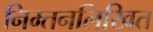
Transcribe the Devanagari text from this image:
निम्तनलिखित